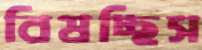
বিষচ্ছিস